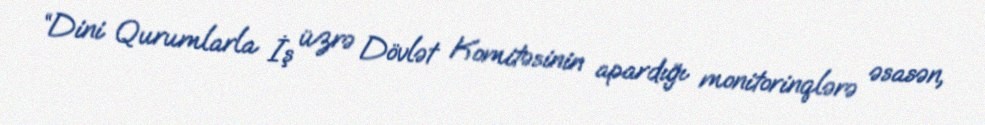
“Dini Qurumlarla İş üzrə Dövlət Komitəsinin apardığı monitorinqlərə əsasən,